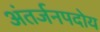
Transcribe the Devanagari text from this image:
अंतर्जनपदोय